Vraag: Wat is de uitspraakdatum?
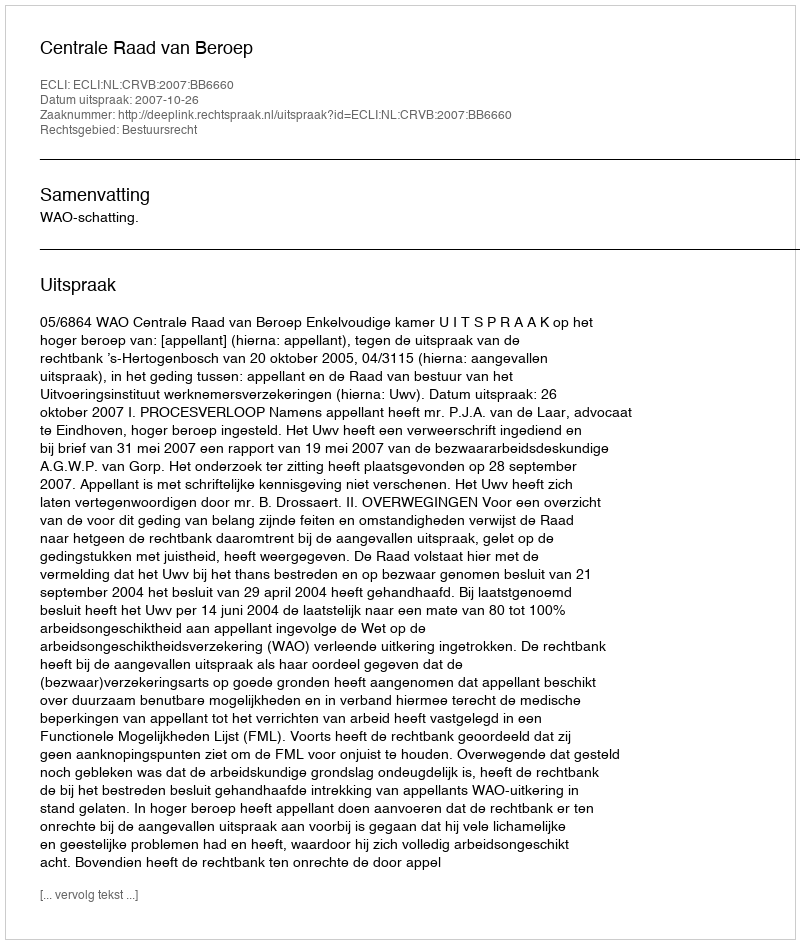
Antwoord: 2007-10-26